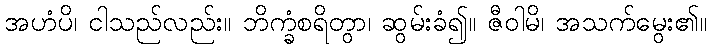
အဟံပိ၊ ငါသည်လည်း။ ဘိက္ခံစရိတွာ၊ ဆွမ်းခံ၍။ ဇီဝါမိ၊ အသက်မွေး၏။